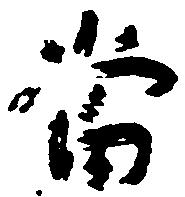
当